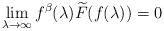
LaTeX: \begin{align*}\lim_{\lambda \to \infty}f^\beta(\lambda)\widetilde{F}(f(\lambda))=0\end{align*}